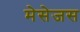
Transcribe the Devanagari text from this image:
मेसेजस